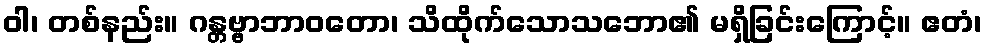
ဝါ၊ တစ်နည်း။ ဂန္တဗ္ဗာဘာဝတော၊ သိထိုက်သောသဘော၏ မရှိခြင်းကြောင့်။ ဧတံ၊